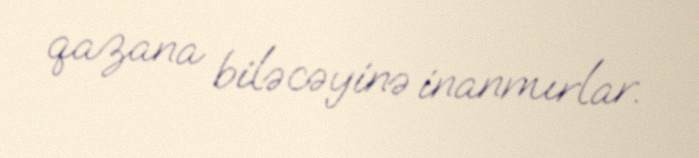
qazana biləcəyinə inanmırlar.